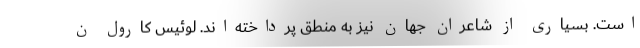
است. بسیاری از شاعران جهان نیز به منطق پرداخته‌اند. لوئیس کارول ن